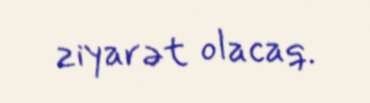
ziyarət olacaq.